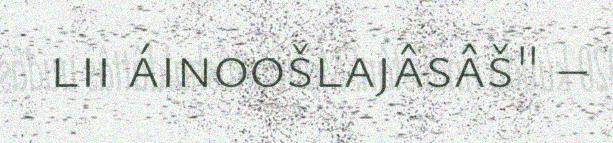
lii áinoošlajâsâš" –